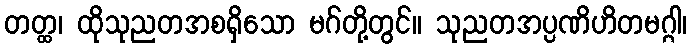
တတ္ထ၊ ထိုသုညတအစရှိသော မဂ်တို့တွင်။ သုညတအပ္ပဏိဟိတမဂ္ဂါ၊